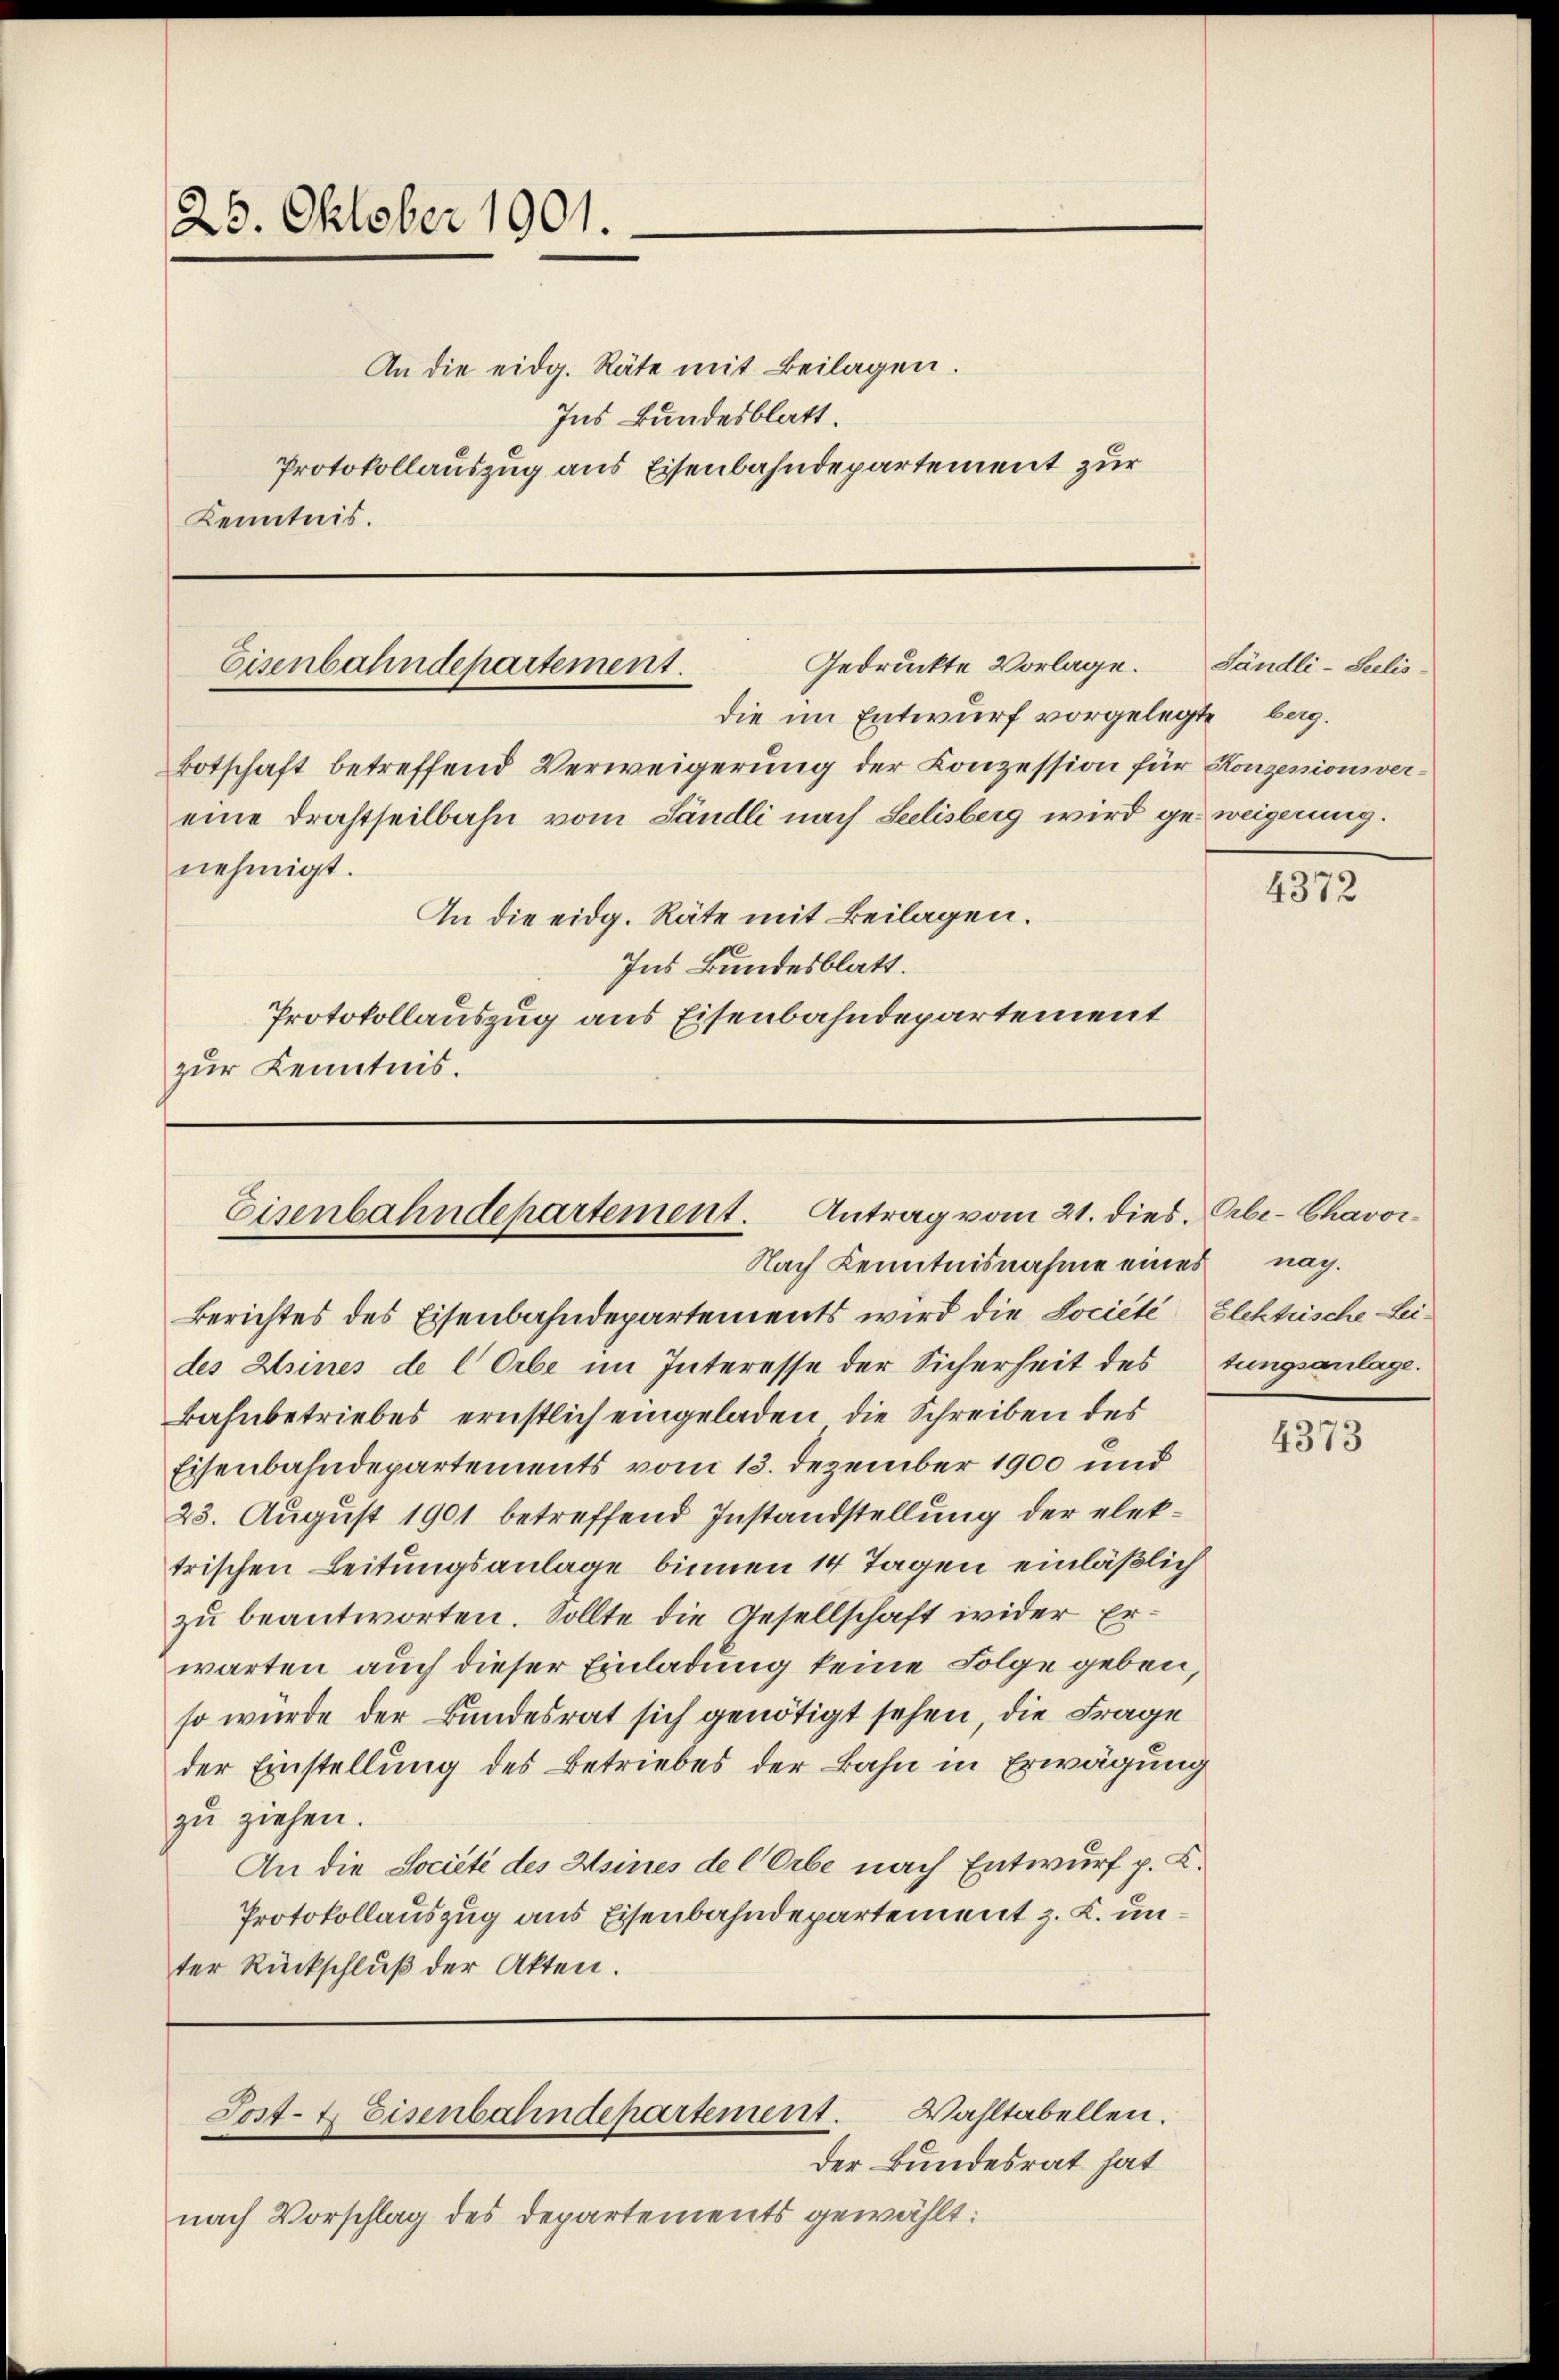
25. Oktober 1901.
Kenntnis.

Gedruckte Vorlage.
Eisenbahndepartement.
die im Entwurf vorgelegte bag.

nehmigt.
zur Kenntnis.

An die eidg. Räte mit Beilagen.
Ins Bundesblatt.
Protokollauszug aus Eisenbahndepartement zur

Botschaft betreffend Verweigerung der Conzession für Konzesionsvereine Drahtseilbahn vom Sändli nach Seelisberg wird geweigerung.
An die eidg. Räte mit Beilagen.
Ins Bundesblatt.
Protokollauszug aus Eisenbahndepartement

Eisenbahndepartement. Antrag vom 21. dies. Erbe-Chavor¬
Nach Kenntnisnahme eines nach.

Der Bundesrat hat
nach Vorschlag des Departements gewählt:

Wahltabellen.
Sost- & Eisenbahndepartement.

Sändli-Seelis-

Berichtes des Eisenbahndepartements wird die Societe Elektrische Leides Heines de l Orbe im Interesse der Sicherheit des tungsanlage.
Bahnbetriebes ernstlich eingeladen, die Schreiben des
Eisenbahndepartements vom 13. Dezember 1900 und
23. August 1901 betreffend Instandstellung der elektrischen Leitungsanlage binnen 14 Tagen einläßlich
zu beantworten. Sollte die Gesellschaft wider Erwarten auch dieser Einladung keine Folge geben,
so wurde der Bundesrat sich genötigt sehen, die Frage
der Einstellung des Betriebes der Bahn in Erwägung
zu ziehen.
An die Societe des Meines de COrbe nach Entwurf p. C.
Protokollauszug aus Eisenbahndepartement z. K. unter Rückschluß der Akten.

4372

4373